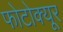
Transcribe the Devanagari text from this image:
फोटोक्यूर